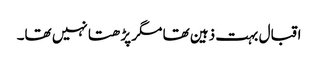
اقبال بہت ذہین تھا مگر پڑھتا نہیں تھا۔